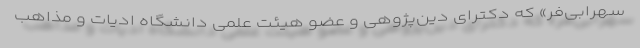
سهرابی‌فر» که دکترای دین‌پژوهی و عضو هیئت علمی دانشگاه ادیات و مذاهب